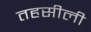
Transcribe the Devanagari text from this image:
तहसीली